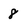
Character: 8